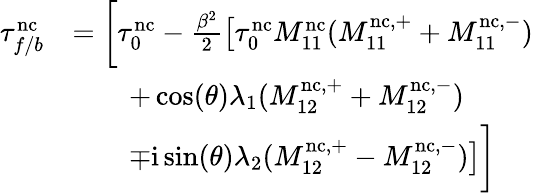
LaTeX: \begin{array}{rl}{\tau_{f/b}^{\mathrm{nc}}}&{=\biggl[\tau_{0}^{\mathrm{nc}}-\frac{\beta^{2}}{2}\bigl[\tau_{0}^{\mathrm{nc}}M_{11}^{\mathrm{nc}}(M_{11}^{\mathrm{nc},+}+M_{11}^{\mathrm{nc},-})}\\ &{\qquad+\cos(\theta)\lambda_{1}(M_{12}^{\mathrm{nc},+}+M_{12}^{\mathrm{nc},-})}\\ &{\qquad\mp\mathrm{i}\sin(\theta)\lambda_{2}(M_{12}^{\mathrm{nc},+}-M_{12}^{\mathrm{nc},-})\bigr]\biggr]}\end{array}